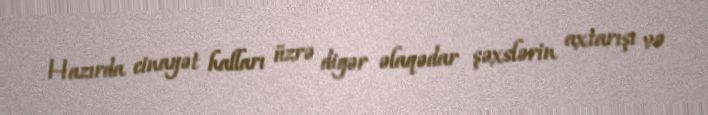
Hazırda cinayət halları üzrə digər əlaqədar şəxslərin axtarışı və